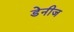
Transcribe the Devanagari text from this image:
डेनीज